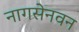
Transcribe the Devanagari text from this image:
नागसेनवन